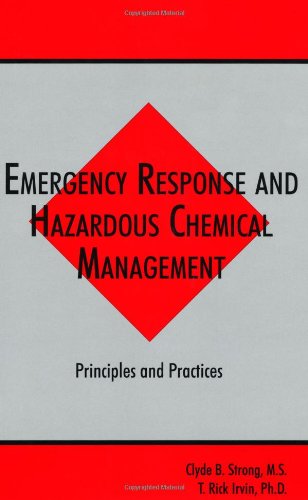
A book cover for Emergency Response and Hazardous Chemical Management: Principles and Practices (Advances in Environmental Management Series); Clyde B. Strong; Science & Math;